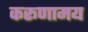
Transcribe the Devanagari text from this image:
करूणामय